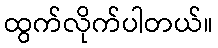
ထွက်လိုက်ပါတယ်။